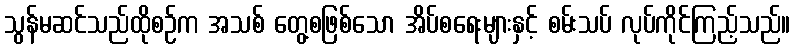
သွန်မဆင်သည်ထိုစဉ်က အသစ် တွေ့စဖြစ်သော အိပ်စရေးများနှင့် စမ်းသပ် လုပ်ကိုင်ကြည့်သည်။